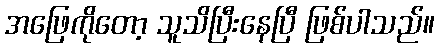
အဖြေကိုတော့ သူသိပြီးနေပြီ ဖြစ်ပါသည်။